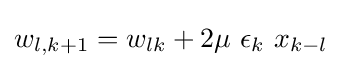
w_{l,k+1}=w_{lk}+2\mu \ \epsilon _{k}\ x_{k-l}